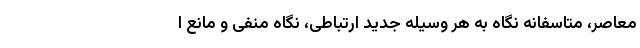
معاصر، متاسفانه نگاه به هر وسیله جدید ارتباطی، نگاه منفی و مانع ا